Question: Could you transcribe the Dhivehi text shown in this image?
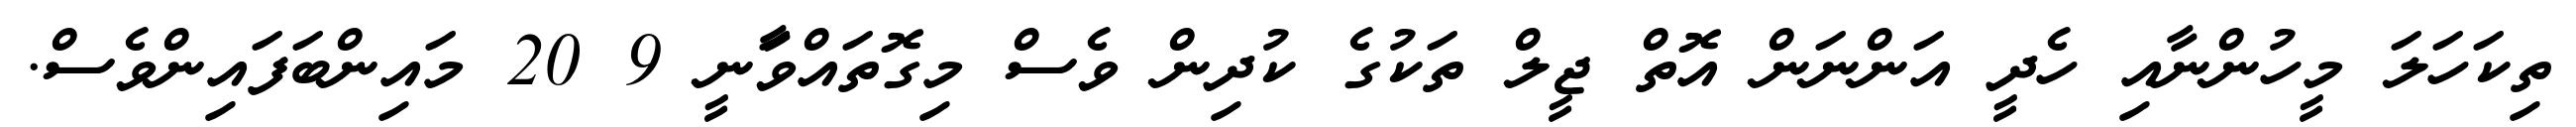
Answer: ތިކަހަލަ މީހުންނާއި ހެދީ އަންނަން އޮތް ޖީލް ތަކުގެ ކުދިން ވެސް މިގޮތައްވަާނީ 9 20 މައިންބަފައިންވެސް.